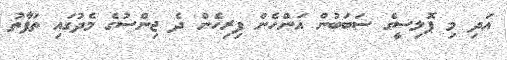
އަދި މި ޕޮލިސީގެ ސަބަބުން އަންހެން ފިރިހެން ދެ ޖިންސުގެ މެދުގައި ތަފާތު